Vital statistics of India. Vol. V, Reports of 1876 on armies & jails and on epidemic cholera
Year: 1876
Disease focus: Cholera
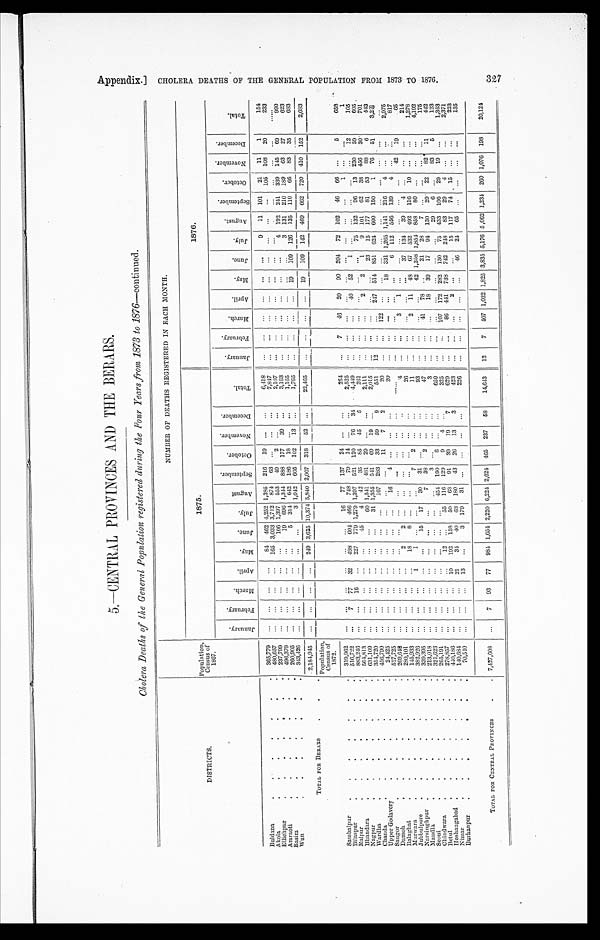
5 . — C E N T R A L P R O V I N C E S A N D T H E B E R A R S .
Cholera Deaths of the General Population registered during the Four Years from 1873 to 1876 -continued.
DISTRICTS.
Population, Census of
1867.
NUMBER OF DEATHS REGISTERED IN EACH MONTH.
1875.
1876.
J a n u a r y .
F e b r u a r y .
M a r c h . A p r i l .
M a y .
J u n e .
J u l y .
A u g u s t . S e p t e m b e r . O c t o b e r . N o v e m b e r . D e c e m b e r .
T o t a l .
J a n u a r y .
F e b r u a r y . M a r c h . April.
M a y . J u n e .
J u l y .
A u g u s t .
S e p t e m b e r .
O c t o b e r .
N o v e m b e r . D e c e m b e r .
T o t a l .
Buldana
365,779
8 4 462 4,252 1,385 216 19
6 , 4 1 8
9 11 101 21 11 1
154
Akola
4 8 0 , 6 5 7
165 3,033 3,712 874 63
7,847
105 108 20
233
Ellichpur
237,799
106 1,397 553 49 2
2 , 1 0 7
Amraoti
496,379
19 696 1, 344 888 177 39
3 , 1 6 3
4 192 241 339 145 69
990
Basim
260,905
5 314 642 186 18
1,165
3 131 210 189
6 3 27
623
Wun
3 4 3 , 4 2 6
3 1,042 605 102 13
1,765
19 109 126 135 110 66 83 35
683
T O T A L F O R B E R A R S
2,184,945
249 3,625 10,374 5,840 2,007 318 52
22,465
19 109 142 469 662 720 410 152 2, 683
Population, Census of
1872.
Sambalpur
3 1 9 , 9 6 2
16 77 137 24
254
7 46 20 90 204 72 102 46 66
5
658
Bilaspur
516,722
7 77 32 498 604 466 748 79 14
2,525
1
1
Raipur
883,246
16
227 779 1,279 1,397 521 120 76 34 4,449
40 52 1
1 2
105
Bhandara
564,813
45 4 42 35 85 45 5
261
75 132 96 13 230 59
605
Nagpur
6 3 1 , 1 0 9
60 1 , 5 4 1 481 29
2,111
2 2 1 9 101 62 38 456 30
701
Wardha
354,720
31 1,355 541 69 19
2,015
23 15 177 81 53 8 8 6
443
Chanda
4 5 6 , 7 9 0
167 283 33 59 9
551 12
247 514 851 624 600 150 1 76 51 3, 248
Upper Godavery
2 4 , 4 2 5
11 7 2
20
1 2 2
Saugor
527,725
1 6 4
20
18 331 1,265 1, 141 216 4
2,975
Damoh
269, 648
6 112 556 139
1 4
817
Balaghat
280,101
2 2
4
3 1
42 19
65
Murwara
145,933
18 8
26
3 7 1 3 4 39
4
214
Jubbulporo
382, 926
1 1
7 2
1 1
2 11 48 67 532 492 116
1 0
1, 278
Narsinghpur
339,395
15 17 30 31
93
42 1,358 1,854 858 80
4,192
Mandla
213,018
7 38 2
47
41 78
21 28 7
175
Seoni
321,623
3
3
18 39 17 94 130 29 22 82 11
442
Chindwara
265,191
454 190 6
650
29 6
83 5
123
Betul
278,857
12
55 116 129 9 4
325
107 172 282 130 75 433 106 29 19
1,353
Hoshaugabad
440, 186
10 192 158 50 63 91 39 19 7
629
86 441 738 742 248 83 29 4
2,371
Nimar
140,684
21 34 40 63 180 43 26 13 3
4 2 3
2
15 117 74 15
223
Burhanpur
70, 540
13
3 179 31
226
46 24 65
135
TOTAL FOR CENTRAL PROVINCES
7,427,608
7 93 77 984 1,654 2,220 6,224 2,624 465 237 58 14, 643 12 7 407 1,032 1,825 3,835 5,176 5,062 1,234 260 1,076 198 20,124
A p p e n d i x . ] C H O L E R A D E A T H S O F T H E C E N T E R A L P O P U L A T I O N F R O M 1 8 7 3 T O 1 8 7 6 . 3 2 7